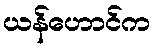
ယန်ဟောင်က